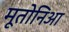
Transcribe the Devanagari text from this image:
मूतोनिआ